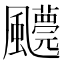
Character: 𩙓